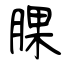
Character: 腂